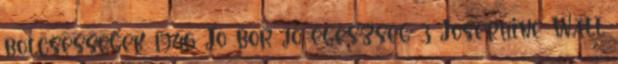
bölcsességek 1946 Jó bor jó egészség 3 Josephine Wall